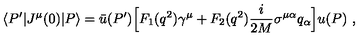
\langle P ^ { \prime } | J ^ { \mu } ( 0 ) | P \rangle = \bar { u } ( P ^ { \prime } ) \Big [ F _ { 1 } ( q ^ { 2 } ) \gamma ^ { \mu } + F _ { 2 } ( q ^ { 2 } ) { \frac { i } { 2 M } } \sigma ^ { \mu \alpha } q _ { \alpha } \Big ] u ( P ) \ ,